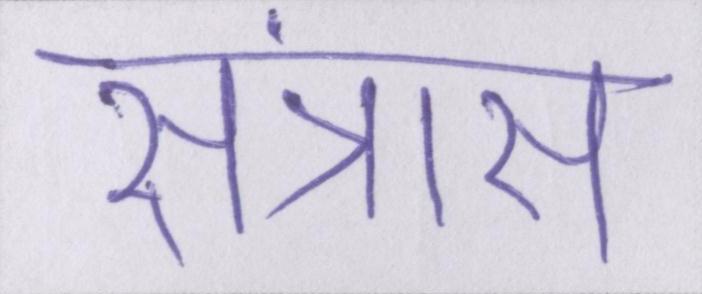
संत्रास